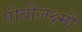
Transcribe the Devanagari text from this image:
पीवीलक्ष्मी